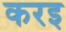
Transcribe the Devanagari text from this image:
करइ